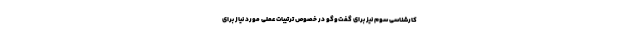
کارشناسی سوم نیز برای گفت‌وگو در خصوص ترتیبات عملی مورد نیاز برای